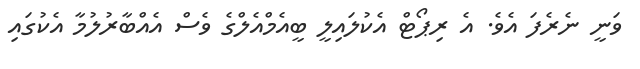
ވަނީ ނެރެފަ އެވެ. އެ ރިޕޯޓް އެކުލައިލީ ބީއެމްއެލްގެ ވެސް އެއްބާރުލުމާ އެކުގައި